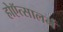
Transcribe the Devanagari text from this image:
होऍत्सालर्न